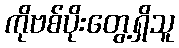
ကိုဗစ်ပိုးတွေ့ရှိသူ